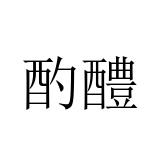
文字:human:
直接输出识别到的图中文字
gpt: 酌醴